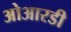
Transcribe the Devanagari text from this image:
ओआरडी